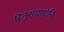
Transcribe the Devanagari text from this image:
रितुरायाचेनि